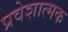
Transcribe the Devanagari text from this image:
प्रवेशात्मक